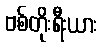
ဗစ်တိုးရီးယား